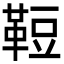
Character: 𩊪